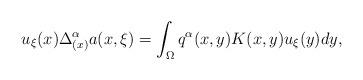
LaTeX: \begin{align*}u_{\xi}(x)\Delta_{(x)}^{\alpha}a(x,\xi)&=\int_{\Omega}q^{\alpha}(x,y)K(x,y)u_{\xi}(y)dy,\end{align*}